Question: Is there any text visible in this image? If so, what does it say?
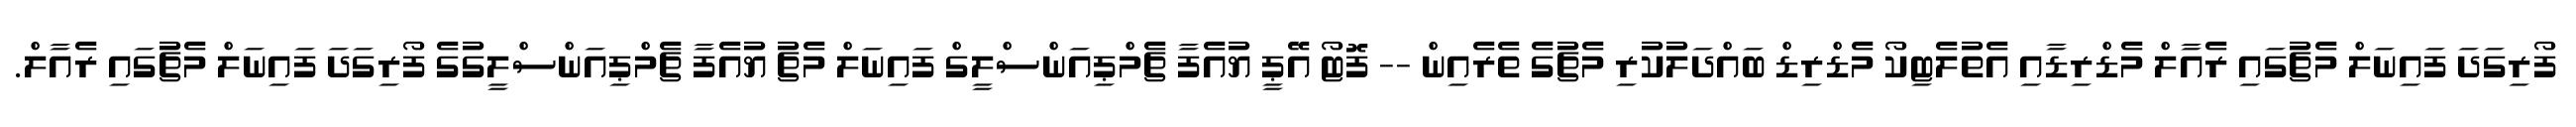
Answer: ފޯރިގަދަ ފައިނަލް މެޗުގައި ރެއާލް މެޑްރިޑާއި އެތުލެޓިކޯ މެޑްރިޑް ބައްދަލުކުރި މެޗުގެ ތެރެއިން -- ފޮޓޯ އޭޕީ ޔުއެފާ ޗެމްޕިއަންސްލީގް ފައިނަލް މެޗު ޔުއެފާ ޗެމްޕިއަންސްލީގުގެ ފޯރިގަދަ ފައިނަލް މެޗުގައި ރެއާލް.